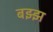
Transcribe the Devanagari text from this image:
बझ्झ